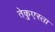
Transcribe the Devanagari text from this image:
तेकुएस्ता